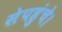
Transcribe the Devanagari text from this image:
सेपहुंचे।